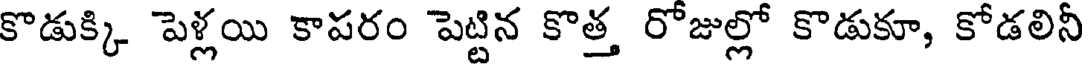
కొడుక్కి పెళ్లయి కాపరం పెట్టిన కొత్త రోజుల్లో కొడుకూ, కోడలినీ